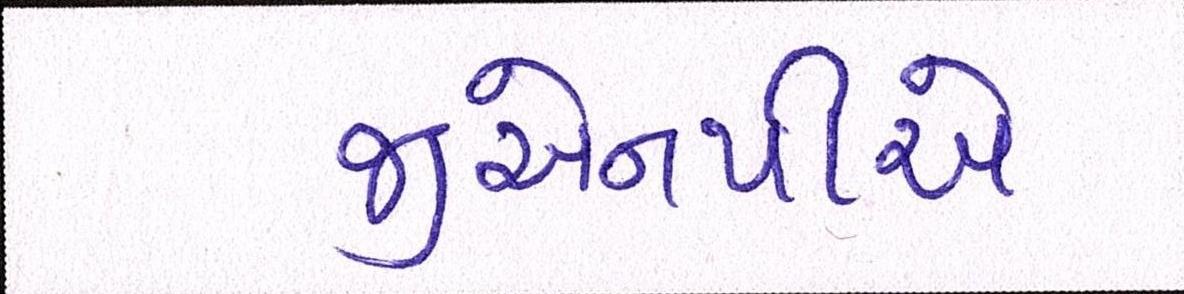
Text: જીએનપીએ